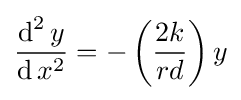
{\frac {\operatorname {d} ^{2}y}{\operatorname {d} x^{2}}}=-\left({\frac {2k}{rd}}\right)y